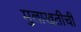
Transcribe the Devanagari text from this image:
मुलाखतीची